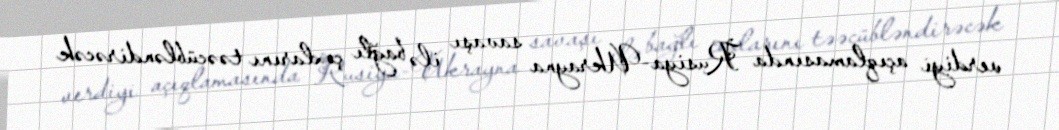
verdiyi açıqlamasında Rusiya-Ukrayna savaşı ilə bağlı çoxlarını təəcübləndirəcək